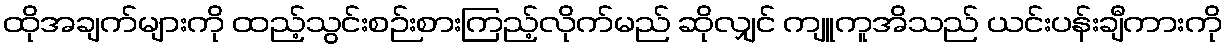
ထိုအချက်များကို ထည့်သွင်းစဉ်းစားကြည့်လိုက်မည် ဆိုလျှင် ကျူကူအိသည် ယင်းပန်းချီကားကို